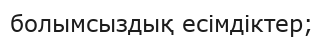
болымсыздық есімдіктер;